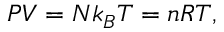
P V = N k _ { B } T = n R T ,